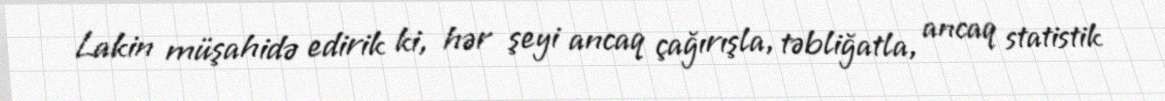
Lakin müşahidə edirik ki, hər şeyi ancaq çağırışla, təbliğatla, ancaq statistik